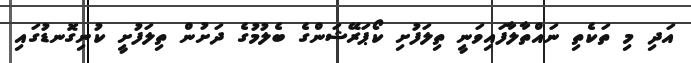
އަދި މި ތަކެތި ނައްތާލާފައިވަނީ ތިލަފުށި ކޯޕަރޭޝަންގެ ބެލުމުގެ ދަށުން ތިލަފުށީ ކުނިގޮނޑުގައި